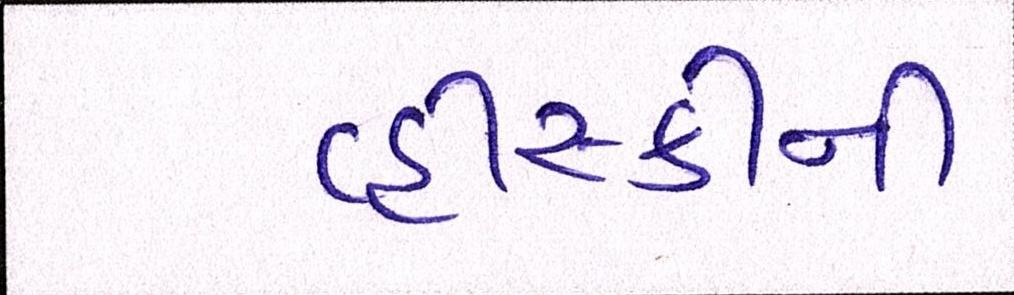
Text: વ્હીસ્કીની